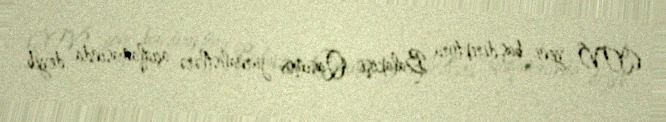
(İTV) yeni baş direktoru Balakişi Qasımov jurnalistlərə açıqlamasında deyib.